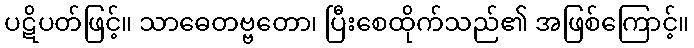
ပဋိပတ်ဖြင့်။ သာဓေတဗ္ဗတော၊ ပြီးစေထိုက်သည်၏ အဖြစ်ကြောင့်။